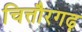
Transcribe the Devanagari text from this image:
चित्तौरगढ़